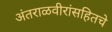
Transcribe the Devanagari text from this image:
अंतराळवीरांसहितचे